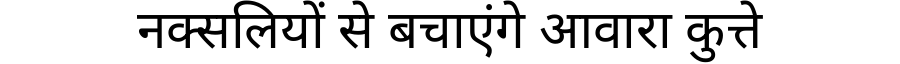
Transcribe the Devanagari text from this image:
नक्सलियों से बचाएंगे आवारा कुत्ते